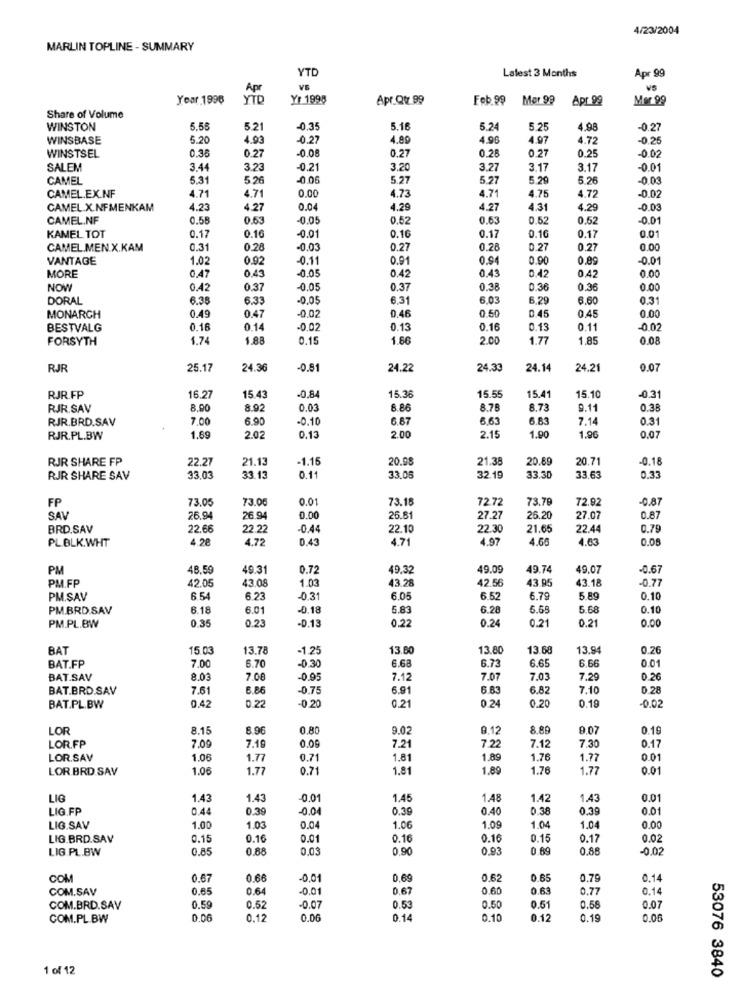
4/23/2004
MARLIN TOPLINE - SUMMARY
YTD
Latest 3 Months
Apr 99
Apr
VS
VS
Year 1996
YTD
Yr 1998
Apr.Qt 99
Feb 99
Mer 99
Apr.99
Mer 99
Share of Volume
WINSTON
5.5€
5.21
0.35
5.16
5.24
5.25
4.98
-0.27
WINSBASE
5.20
0.27
4.89
4.96
4.97
4.72
-0.25
-0.08
0.28
0.27
0.25
WINSTSEL
0.36
0.27
0.27
-0.02
SALEM
3.44
3.23
-0.21
3.20
3.27
3.17
3.17
-0.01
CAMEL
5.31
-0.06
5.21
5.27
5.29
5.26
-0.00
CAMEL.EX.NF
4.71
4.71
4.71
0.00
4.73
4.75
4.72
-0.02
CAMEL X.NFMENKAM
4.23
4.27
0.04
4.29
4.27
4.31
4.29
-0.03
CAMEL.NF
0.58
0.63
-0.05
0.52
0.63
0.52
0.52
-0.01
-0.01
0.17
0.01
KAMEL TOT
0.17
0.16
0.16
0.16
0.17
CAMEL.MEN.X.KAM
0.31
0.28
-0.03
0.27
0.28
0.27
0.27
0.00
VANTAGE
1.02
0.92
-0.11
0.91
0.94
0.90
0.89
0.01
MORE
-0.05
0.43
0.47
0.43
0.42
0.42
0.42
0.00
NOW
0.42
0.37
-0.05
0.37
0.38
0.36
0.36
0.00
DORAL
6.38
6.33
-0,05
€.31
6.03
6.29
6.60
0.31
0.45
MONARCH
0.49
0.47
0.02
0.46
0.50
0.45
0.00
BESTVALG
0.16
0.14
-0.02
0.13
0.16
0.13
0.11
-0.02
FORSYTH
1.74
1.88
0.15
1.86
2.00
1.77
1.85
0.08
RJR
25.17
24.36
-0.81
24.22
24.33
24.14
24.21
0.07
15.36
15.55
15.10
-0.31
RJR.FP
16.27
15 43
-0.84
15.41
RJR.SAV
8,90
8.92
0.03
8.86
8.78
8.73
9.11
0.38
RJR.BRD.SAV
7.00
6.90
-0.10
6.67
6.63
7.14
0.31
RJR.PL.BW
1.69
2.0
0.13
2.00
2.15
1.90
1.96
0.07
RJR SHARE FP
22.27
21.13
1.15
20.98
21.38
20.69
20.71
-0.18
RJR SHARE SAV
33.03
33.13
0.11
33.08
32.19
33.30
33.63
0.33
FP
73.05
73.0
0.01
73.18
72.72
73.76
72.92
-0.87
SAV
26.94
26.94
0.00
26.81
27.27
26.20
27.07
0.87
BRD.SAV
22.66
22 22
-0.44
22.10
22.30
21.65
22.44
0.79
PL.BLK.WHT
4.28
4.72
0.43
4.71
4.97
4.66
4.63
0.08
PM
48.59
49.31
0.72
49.32
49.09
49.74
49.07
-0.67
PM.FP
42.05
43.08
1.03
43.28
42.56
43.95
43.18
-0.77
PM.SAV
6.5
6.23
-0.31
6.05
6.52
6.79
5.89
0.10
PM.BRD.SAV
6.18
6.01
0.18
5.83
6.28
6.68
5.68
0.10
0.35
-0.13
0.22
0.24
0.21
0.00
PM.PL.BW
0.23
0.21
BAT
15.03
13.78
1.25
13.60
13.80
13.68
13.94
0.26
BAT.FP
6.70
6.68
6.73
6.65
6.66
7.00
-0.30
0.01
BAT.SAV
8.03
7.08
-0.95
7.12
7.07
7.0
7.29
0.26
BAT.BRD.SAV
7.61
6.86
-0.75
6.91
6.83
6.82
7.10
0.28
0.42
-0.20
0.21
0 24
0.20
BAT.PL.BW
0.22
0.19
-0.02
LOR
8.15
8.96
0.80
9.02
9.12
8.89
9.07
0.19
0.09
7.21
LOR.FP
7.09
7.19
7.22
7.12
7.30
0.17
LOR.SAV
1.06
1.77
0.71
1.81
1.89
1.76
1.77
0.01
LOR BRD SAV
1.0€
1.77
0.71
1.81
1.89
1.76
1.77
0.01
LIG
1.43
1.43
-0.01
1.45
1.48
1.42
1.43
0.01
LIG FP
0.44
0.39
0.04
0.39
0.40
0.38
0.39
0.0
LIG.SAV
1.00
1.03
0.04
1.06
1.09
1.04
1.04
0.00
LIG.BRD.SAV
0.15
0.16
0.01
0.16
0.16
0.1
0.17
0.02
LIG.PL.BW
0.85
0.88
0.03
0,90
0.93
0. 69
0.88
-0.0
COM
0.67
0.66
-0.01
0,69
0.62
0.65
0.79
0.14
COM.SAV
0.65
0.64
0.01
0.67
0.60
0.63
0,77
0.14
COM.BRD.SAV
0.59
0.52
-0.07
0.53
0.50
0.51
0.58
0.07
COM.PL.BW
0.06
0.12
0.06
0.14
0.10
0.12
0.19
0.06
1 of 12
53076 3840